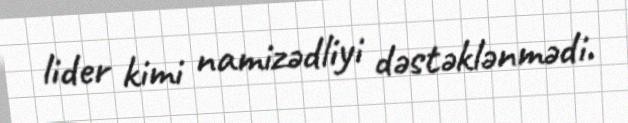
lider kimi namizədliyi dəstəklənmədi.